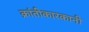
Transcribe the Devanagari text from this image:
क्रांतीकारकानी